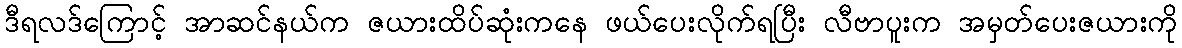
ဒီရလဒ်ကြောင့် အာဆင်နယ်က ဇယားထိပ်ဆုံးကနေ ဖယ်ပေးလိုက်ရပြီး လီဗာပူးက အမှတ်ပေးဇယားကို